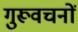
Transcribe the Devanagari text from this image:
गुरूवचनों